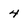
Character: 4